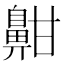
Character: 𪖟